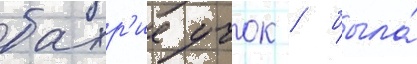
бахр'ие учок / была́